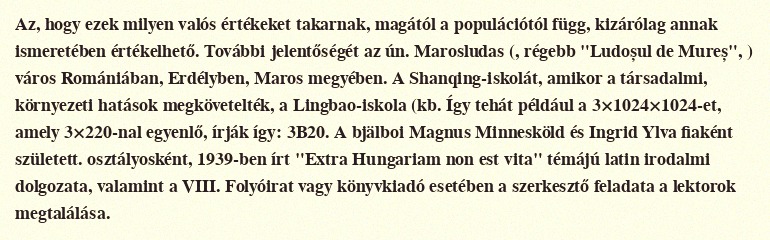
Az, hogy ezek milyen valós értékeket takarnak, magától a populációtól függ, kizárólag annak ismeretében értékelhető. További jelentőségét az ún. Marosludas (, régebb "Ludoșul de Mureș", ) város Romániában, Erdélyben, Maros megyében. A Shanqing-iskolát, amikor a társadalmi, környezeti hatások megkövetelték, a Lingbao-iskola (kb. Így tehát például a 3×1024×1024-et, amely 3×220-nal egyenlő, írják így: 3B20. A bjälboi Magnus Minnesköld és Ingrid Ylva fiaként született. osztályosként, 1939-ben írt "Extra Hungariam non est vita" témájú latin irodalmi dolgozata, valamint a VIII. Folyóirat vagy könyvkiadó esetében a szerkesztő feladata a lektorok megtalálása.